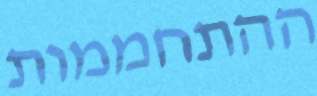
ההתחממות